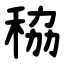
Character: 䅄